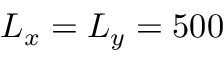
L _ { x } = L _ { y } = 5 0 0